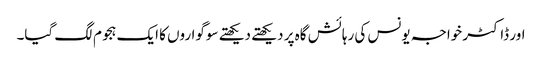
اور ڈاکٹر خواجہ یونس کی رہائش گاہ پر دیکھتے دیکھتے سوگواروں کا ایک ہجوم لگ گیا۔